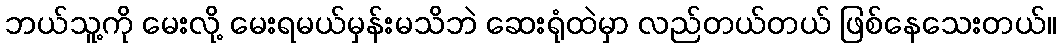
ဘယ်သူ့ကို မေးလို့ မေးရမယ်မှန်းမသိဘဲ ဆေးရုံထဲမှာ လည်တယ်တယ် ဖြစ်နေသေးတယ်။